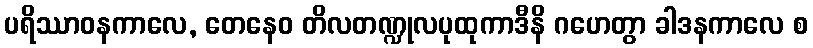
ပရိဿာဝနကာလေ, တေနေဝ တိလတဏ္ဍုလပုထုကာဒီနိ ဂဟေတွာ ခါဒနကာလေ စ